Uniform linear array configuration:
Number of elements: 8
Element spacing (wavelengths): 0.5
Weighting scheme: kaiser
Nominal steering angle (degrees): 15
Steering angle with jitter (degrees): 16.339
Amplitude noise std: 0.05
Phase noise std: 0.05

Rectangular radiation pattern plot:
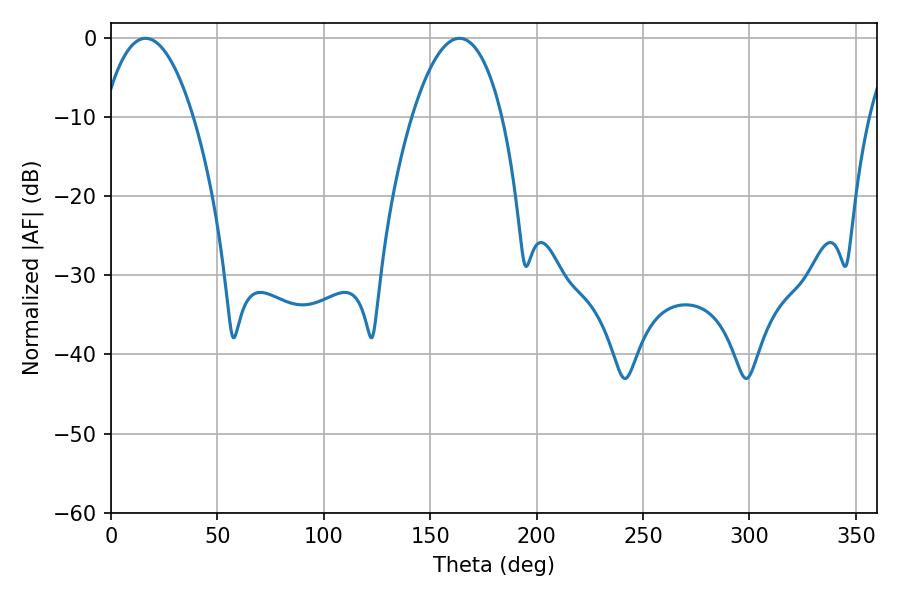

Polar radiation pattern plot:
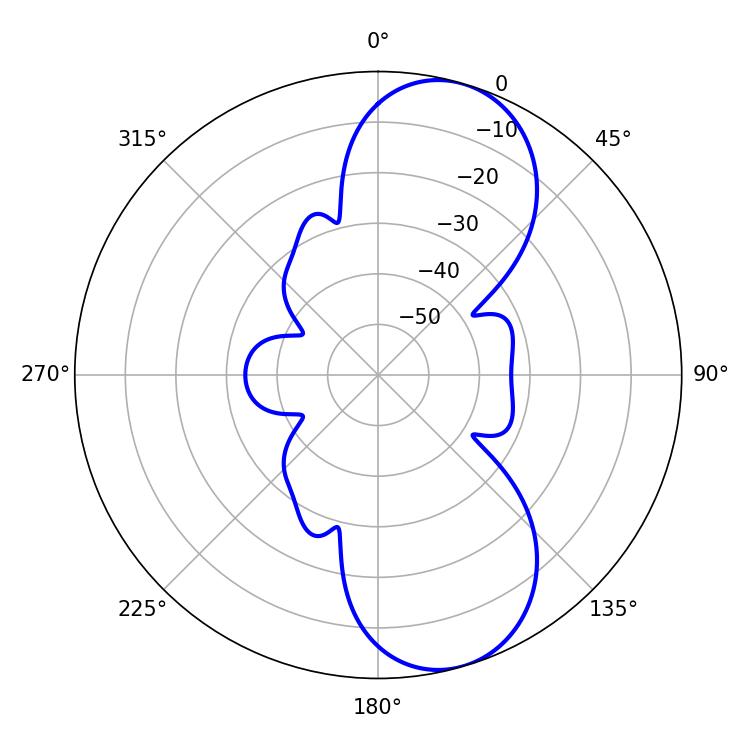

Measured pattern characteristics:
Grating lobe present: FALSE
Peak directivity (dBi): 9.007
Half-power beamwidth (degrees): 23.58
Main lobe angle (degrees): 16.2